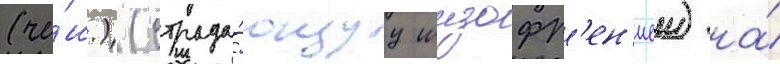
(че́ш.) (страда́ющуу шизофр'ен'иеи) на́